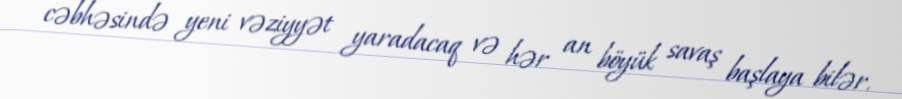
cəbhəsində yeni vəziyyət yaradacaq və hər an böyük savaş başlaya bilər.